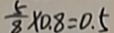
\frac { 5 } { 8 } \times 0 . 8 = 0 . 5